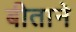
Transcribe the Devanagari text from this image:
बीताने